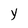
Character: Y